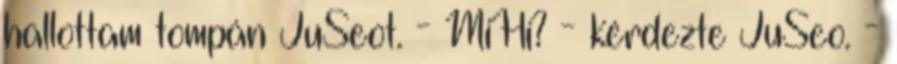
hallottam tompán JuSeot. - MiHi? - kérdezte JuSeo. -